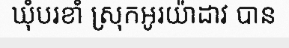
ឃុំបរខាំ ស្រុកអូរយ៉ាដាវ បាន